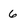
Character: 6